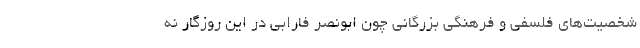
شخصیت‌های فلسفی و فرهنگی بزرگانی چون ابونصر فارابی در این روزگار نه